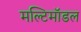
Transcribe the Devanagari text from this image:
मल्टिमॉडल